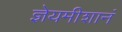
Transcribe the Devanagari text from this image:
ज्ञेयमीशानं